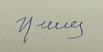
Signature authenticity: forged